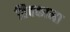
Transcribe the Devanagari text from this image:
तिक्काना